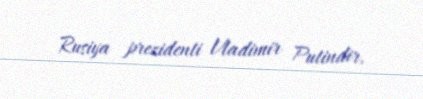
Rusiya prezidenti Vladimir Putindir.